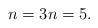
LaTeX: \begin{align*} n = 3 n = 5.\end{align*}